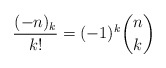
\begin{align*}\frac{(-n)_k}{k!} = (-1)^k \binom{n}{k}\end{align*}